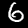
Label: 6